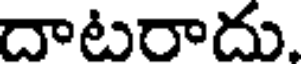
దాటరాదు.